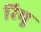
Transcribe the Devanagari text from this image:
रिचू